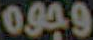
0.94.9